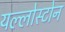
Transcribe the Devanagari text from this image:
यल्लोस्टोन